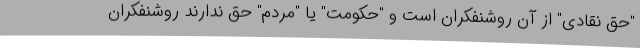
"حق نقادی" از آن روشنفکران است و "حکومت" یا "مردم" حق ندارند روشنفکران